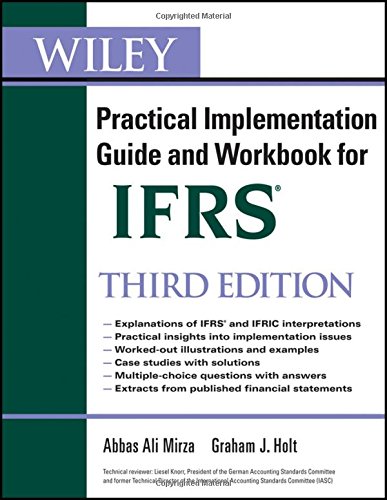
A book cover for Wiley IFRS: Practical Implementation Guide and Workbook; Abbas A. Mirza; Test Preparation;